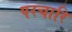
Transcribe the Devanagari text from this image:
परचारि